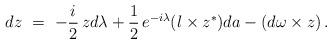
LaTeX: \begin{align*}dz\ =\ -\frac i2\,zd\lambda +\frac12\,e^{-i\lambda}(l\times z^*)da-(d\omega\times z)\,.\end{align*}